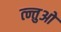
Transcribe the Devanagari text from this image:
त्न्तुओ